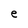
Character: e